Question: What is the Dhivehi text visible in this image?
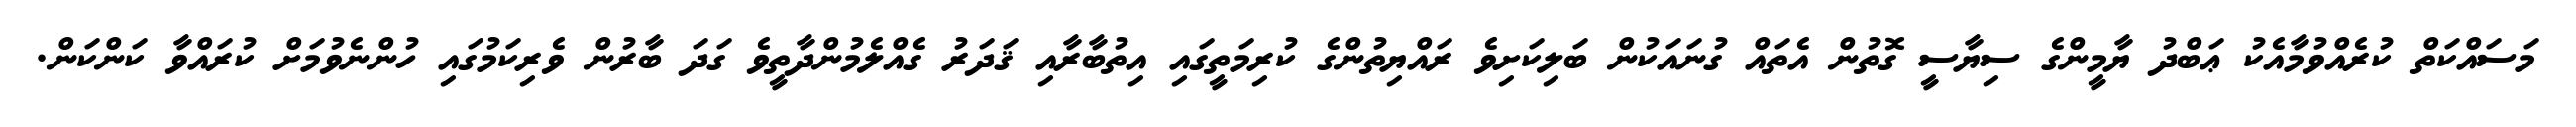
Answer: މަސައްކަތް ކުރެއްވުމާއެކު ޢަބްދު ޔާމީންގެ ސިޔާސީ ގޮތުން އެތައް ގުނައަކުން ބަލިކަށިވެ ރައްޔިތުންގެ ކުރިމަތީގައި އިތުބާރާއި ޤަދަރު ގެއްލެމުންދާތީވެ ގަދަ ބާރުން ވެރިކަމުގައި ހުންނެވުމަށް ކުރައްވާ ކަންކަން.